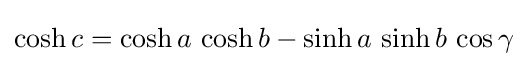
\cosh c=\cosh a\,\cosh b-\sinh a\,\sinh b\,\cos \gamma